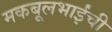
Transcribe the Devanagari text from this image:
मकबूलभाईंची